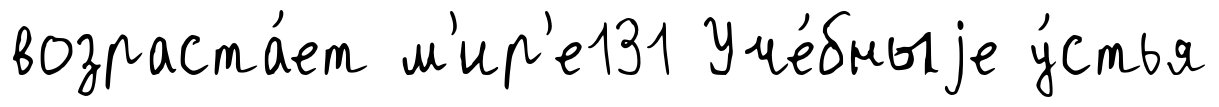
возраста́ет м'ир'е131 Уче́бныjе у́стья